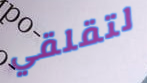
لتقلقي